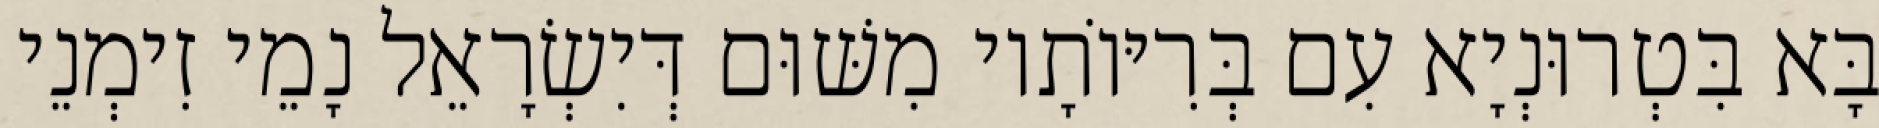
בָּא בִּטְרוּנְיָא עִם בְּרִיּוֹתָיו מִשּׁוּם דְּיִשְׂרָאֵל נָמֵי זִימְנֵי